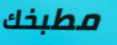
مطبخك